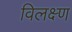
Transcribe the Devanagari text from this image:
विलक्ष्ण